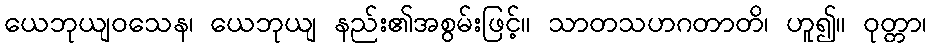
ယေဘုယျဝသေန၊ ယေဘုယျ နည်း၏အစွမ်းဖြင့်။ သာတသဟဂတာတိ၊ ဟူ၍။ ဝုတ္တာ၊